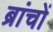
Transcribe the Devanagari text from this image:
ब्रांचों